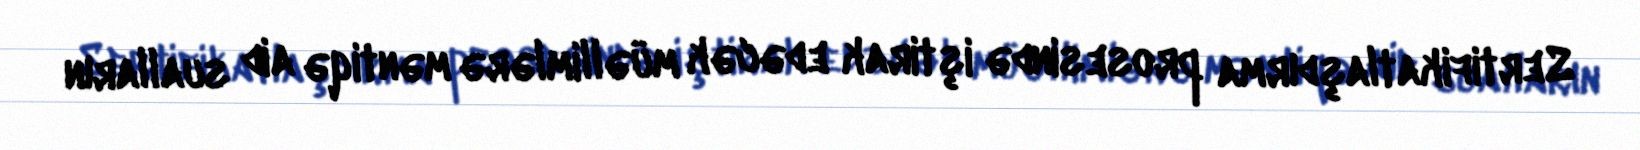
Sertifikatlaşdırma prosesində iştirak edəcək müəllimlərə məntiqə aid sualların